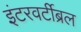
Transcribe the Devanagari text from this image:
इंटरवर्टीब्रल